Scottish Leaving Certificate Examination, 1958
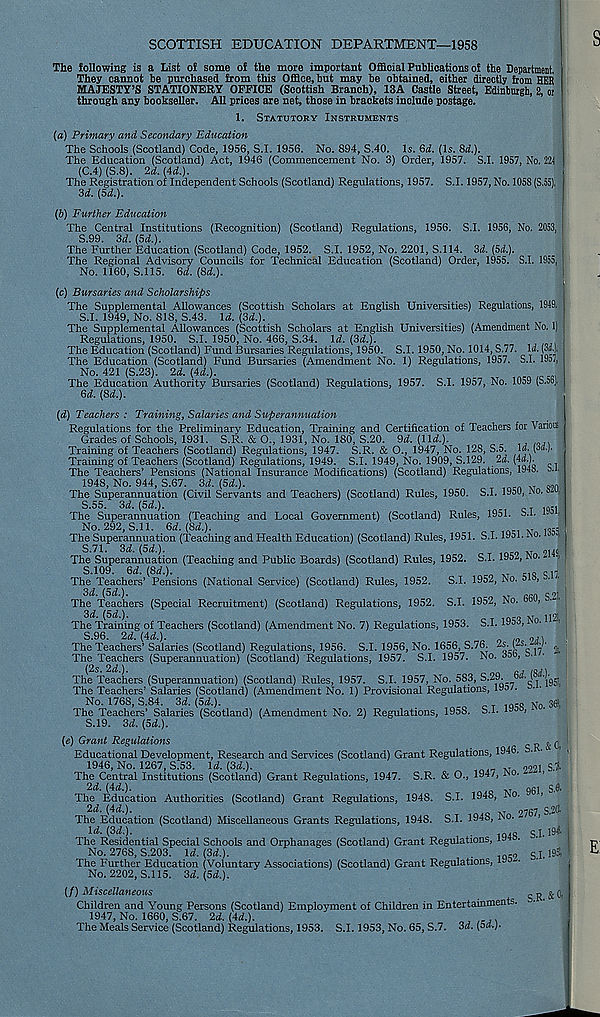
SCOTTISH EDUCATION DEPARTMENT—1958
The following is a List of some of the more important Official Publications of the Department.
They cannot be purchased from this Office, but may be obtained, either directly from HER
MAJESTY’S STATIONERY OFFICE (Scottish Branch), 13A Castle Street, Edinburgh, 2, oi
through any bookseller. All prices are net, those in brackets include postage.
1.
STATUTORY INSTRUMENTS
(a) Primary and Secondary Education
The Schools (Scotland) Code, 1956, S.I. 1956. No. 894, S.40. Is. Qd. (Is. 8rf.).
The Education (Scotland) Act, 1946 (Commencement No. 3) Order, 1957. S.I. 1957, No. 224
(C.4) (S.8). 2d. {Ad.).
The Registration of Independent Schools (Scotland) Regulations, 1957. S.I. 1957, No. 1058 (S.55).
3d. {5d.).
(b) Further Education
The Central Institutions (Recognition) (Scotland) Regulations, 1956. S.I. 1956, No. 2053,
S.99. 3d. (5d.).
The Further Education (Scotland) Code, 1952. S.I. 1952, No. 2201, S.114. 3d. [5d.).
The Regional Advisory Councils for Technical Education (Scotland) Order, 1955. S.I. 1955,
No. 1160, S.I 15. 6d. {8d.).
(c) Bursaries and Scholarships
The Supplemental Allowances (Scottish Scholars at English Universities) Regulations, 1949.
S.I. 1949, No. 818, S.43. Id. (3d.).
The Supplemental Allowances (Scottish Scholars at English Universities) (Amendment No. 1)
Regulations, 1950. S.I. 1950, No. 466, S.34. Id. (3d.).
The Education (Scotland) Fund Bursaries Regulations, 1950. S.I. 1950, No. 1014,8.11.
(3fl.).
The Education (Scotland) Fund Bursaries (Amendment No. 1) Regulations, 1957. S.I. 19o;,
No. 421 (S.23). 2d. (4d.).
/r ce .
The Education Authority Bursaries (Scotland) Regulations, 1957. S.I. 1957, No. 1059 (S.OD),
6d. (8d.).
(d) Teachers : Training, Salaries and Superannuation
Regulations for the Preliminary Education, Training and Certification of Teachers for Various
Grades of Schools, 1931. S.R. & O., 1931, No. 180, S.20. 9d. (lid.).
^ j /OJ .
Training of Teachers (Scotland) Regulations, 1947. S.R. & O., 1947, No. 128, S.5. Id. {oa.}.
Training of Teachers (Scotland) Regulations, 1949. S.I. 1949, No. 1909, S.129. 2d. (4d.).
The Teachers’ Pensions (National Insurance Modifications) (Scotland) Regulations, 194b. b.i.
1948, No. 944, S.67. 3d. (5d.).
„ PA
Q9n
The Superannuation (Civil Servants and Teachers) (Scotland) Rules, 1950. S.I. 1950, No. o- ,
S.55. 3d. (5d.).
_ .qrt
The Superannuation (Teaching and Local Government) (Scotland) Rules, 1951. b.i. i i
No. 292, S.ll. 6d. (8d.).
1 , T
The Superannuation (Teaching and Health Education) (Scotland) Rules, 1951. S.I. 19D1. No.
S.71. 3d. (5d.).
. T nijo
The Superannuation (Teaching and Public Boards) (Scotland) Rules, 1952. S.I. 1952, NO.
I
S.109. 6d. (8d.).
A
_ 1Q
The Teachers’ Pensions (National Service) (Scotland) Rules, 1952.
S.I. 1952, No. 5 , • •
3d. (od.).
_
^
The Teachers (Special Recruitment) (Scotland) Regulations, 1952. S.I. 1952, No.
,
The Training of Teachers (Scotland) (Amendment No. 7) Regulations, 1953. S.I. 1953, No. H-i,
S.96. 2d. {Ad.).
n
in on
The Teachers’ Salaries (Scotland) Regulations, 1956. S.I. 1956, No. 1656, S.76. 2s. { s.
.
The Teachers (Superannuation) (Scotland) Regulations, 1957. S.I. 1957. No. 5ob, •
The Teachers (Superannuation) (Scotland) Rules, 1957. S.I. 1957, No. 583, ^*29. 6^-
The Teachers’ Salaries (Scotland) (Amendment No. 1) Provisional Regulations, 19o/.
No. 1768, S.84. 3d. (5d.).
1Q£ .o |VT 0 36?,
The Teachers’ Salaries (Scotland) (Amendment No. 2) Regulations, 1958. S.I.
>
S.19. 3d. (5d.).
{e) Grant Regulations
^ ^ I
Educational Development, Research and Services (Scotland) Grant Regulations, 1946.
1946, No. 1267, S.53. Id. (3d.).
99 oi s.%
The Central Institutions (Scotland) Grant Regulations, 1947. S.R. & O., 194/, N .
2d. (4d.).
T
q 6 i s.&
The Education Authorities (Scotland) Grant Regulations, 1948. S.I. 1948, No.
2d. (4d.).
97fi 7 s.2C<
The Education (Scotland) Miscellaneous Grants Regulations, 1948. S.I. 1948, No.
Id. (3d.).
IQ4Q S.I-19&
The Residential Special Schools and Orphanages (Scotland) Grant Regulations,
No. 2768, S.203. Id. (3d.).
.
1Q , 9 s j. 193,
The Further Education (Voluntary Associations) (Scotland) Grant Regulations, i y •
No. 2202, S.I 15. 3d. (5d.).
(/) Miscellaneous
S R & ^
Children and Young Persons (Scotland) Employment of Children in Entertainments.
1947, No. 1660, S.67. 2d. {Ad.).
ieJ .
The Meals Service (Scotland) Regulations, 1953. S.I. 1953, No. 65, S.7. 3d. (od.).